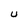
Character: U